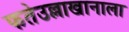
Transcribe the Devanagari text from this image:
फतेउल्लाखानाला